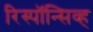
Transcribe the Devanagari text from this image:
रिस्पॉन्सिव्ह